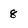
Character: 8